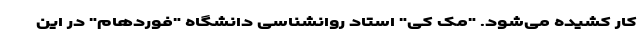
کار کشیده می‌شود. "مک کی" استاد روانشناسی دانشگاه "فوردهام" در این